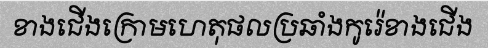
ខាងជើងក្រោមហេតុផលប្រឆាំងកូរ៉េខាងជើង